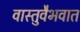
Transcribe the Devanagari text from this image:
वास्तुवैभवात